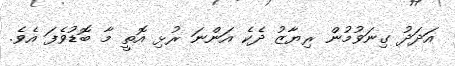
އަދަދު ގިނަވުމުން ރިޔާޒު ދެކެ އަންނަ ރުޅި އޮތީ މާ ބޮޑުވެފަ އެވެ.